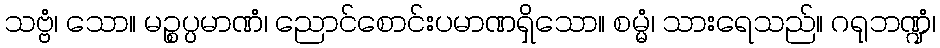
သဗ္ဗံ၊ သော။ မဉ္စပ္ပမာဏံ၊ ညောင်စောင်းပမာဏရှိသော။ စမ္မံ၊ သားရေသည်။ ဂရုဘဏ္ဍံ၊